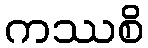
ကဿစိ